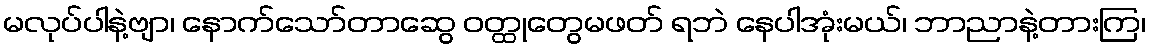
မလုပ်ပါနဲ့ဗျာ၊ နောက်သော်တာဆွေ ဝတ္ထုတွေမဖတ် ရဘဲ နေပါအုံးမယ်၊ ဘာညာနဲ့တားကြ၊